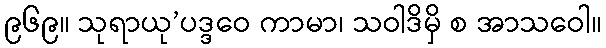
၉၆၉။ သုရာယု’ပဒ္ဒဝေ ကာမာ၊ သဝါဒိမှိ စ အာသဝေါ။